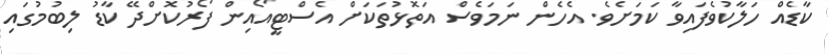
ކާޑެއް ހަލާކުވެފައިވާ ކަމަށެވެ. އެހެން ނަމަވެސް އަތޮޅުތަކަށް އެސްޓީއޯއިން ފޯރުކޮށްދޭ ކާޑު ލިބުމުގައި